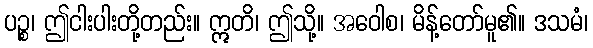
ပဉ္စ၊ ဤငါးပါးတို့တည်း။ ဣတိ၊ ဤသို့။ အဝေါစ၊ မိန့်တော်မူ၏။ ဒသမံ၊